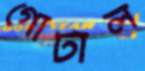
গোটাল